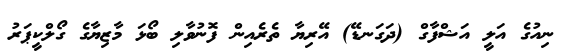
ނިއުގެ އަލީ އަޝްފާގް (ދަގަނޑޭ) އޭރިޔާ ތެރެއިން ފޮނުވާލި ބޯޅަ މާޒިޔާގެ ގޯލްކީޕަރު